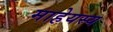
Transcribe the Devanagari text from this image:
माहेयस्य